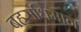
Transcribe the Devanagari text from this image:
बहुसंधिमान